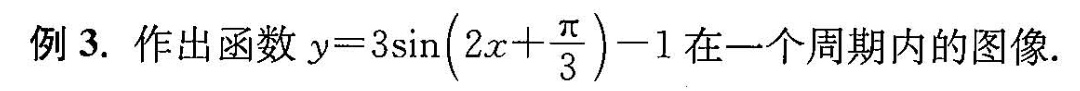
例3. 作出函数 $$y = 3 \sin ( 2 x + \frac { π } { 3 } ) - 1$$ 在一个周期内的图像.